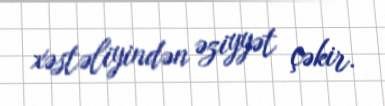
xəstəliyindən əziyyət çəkir.